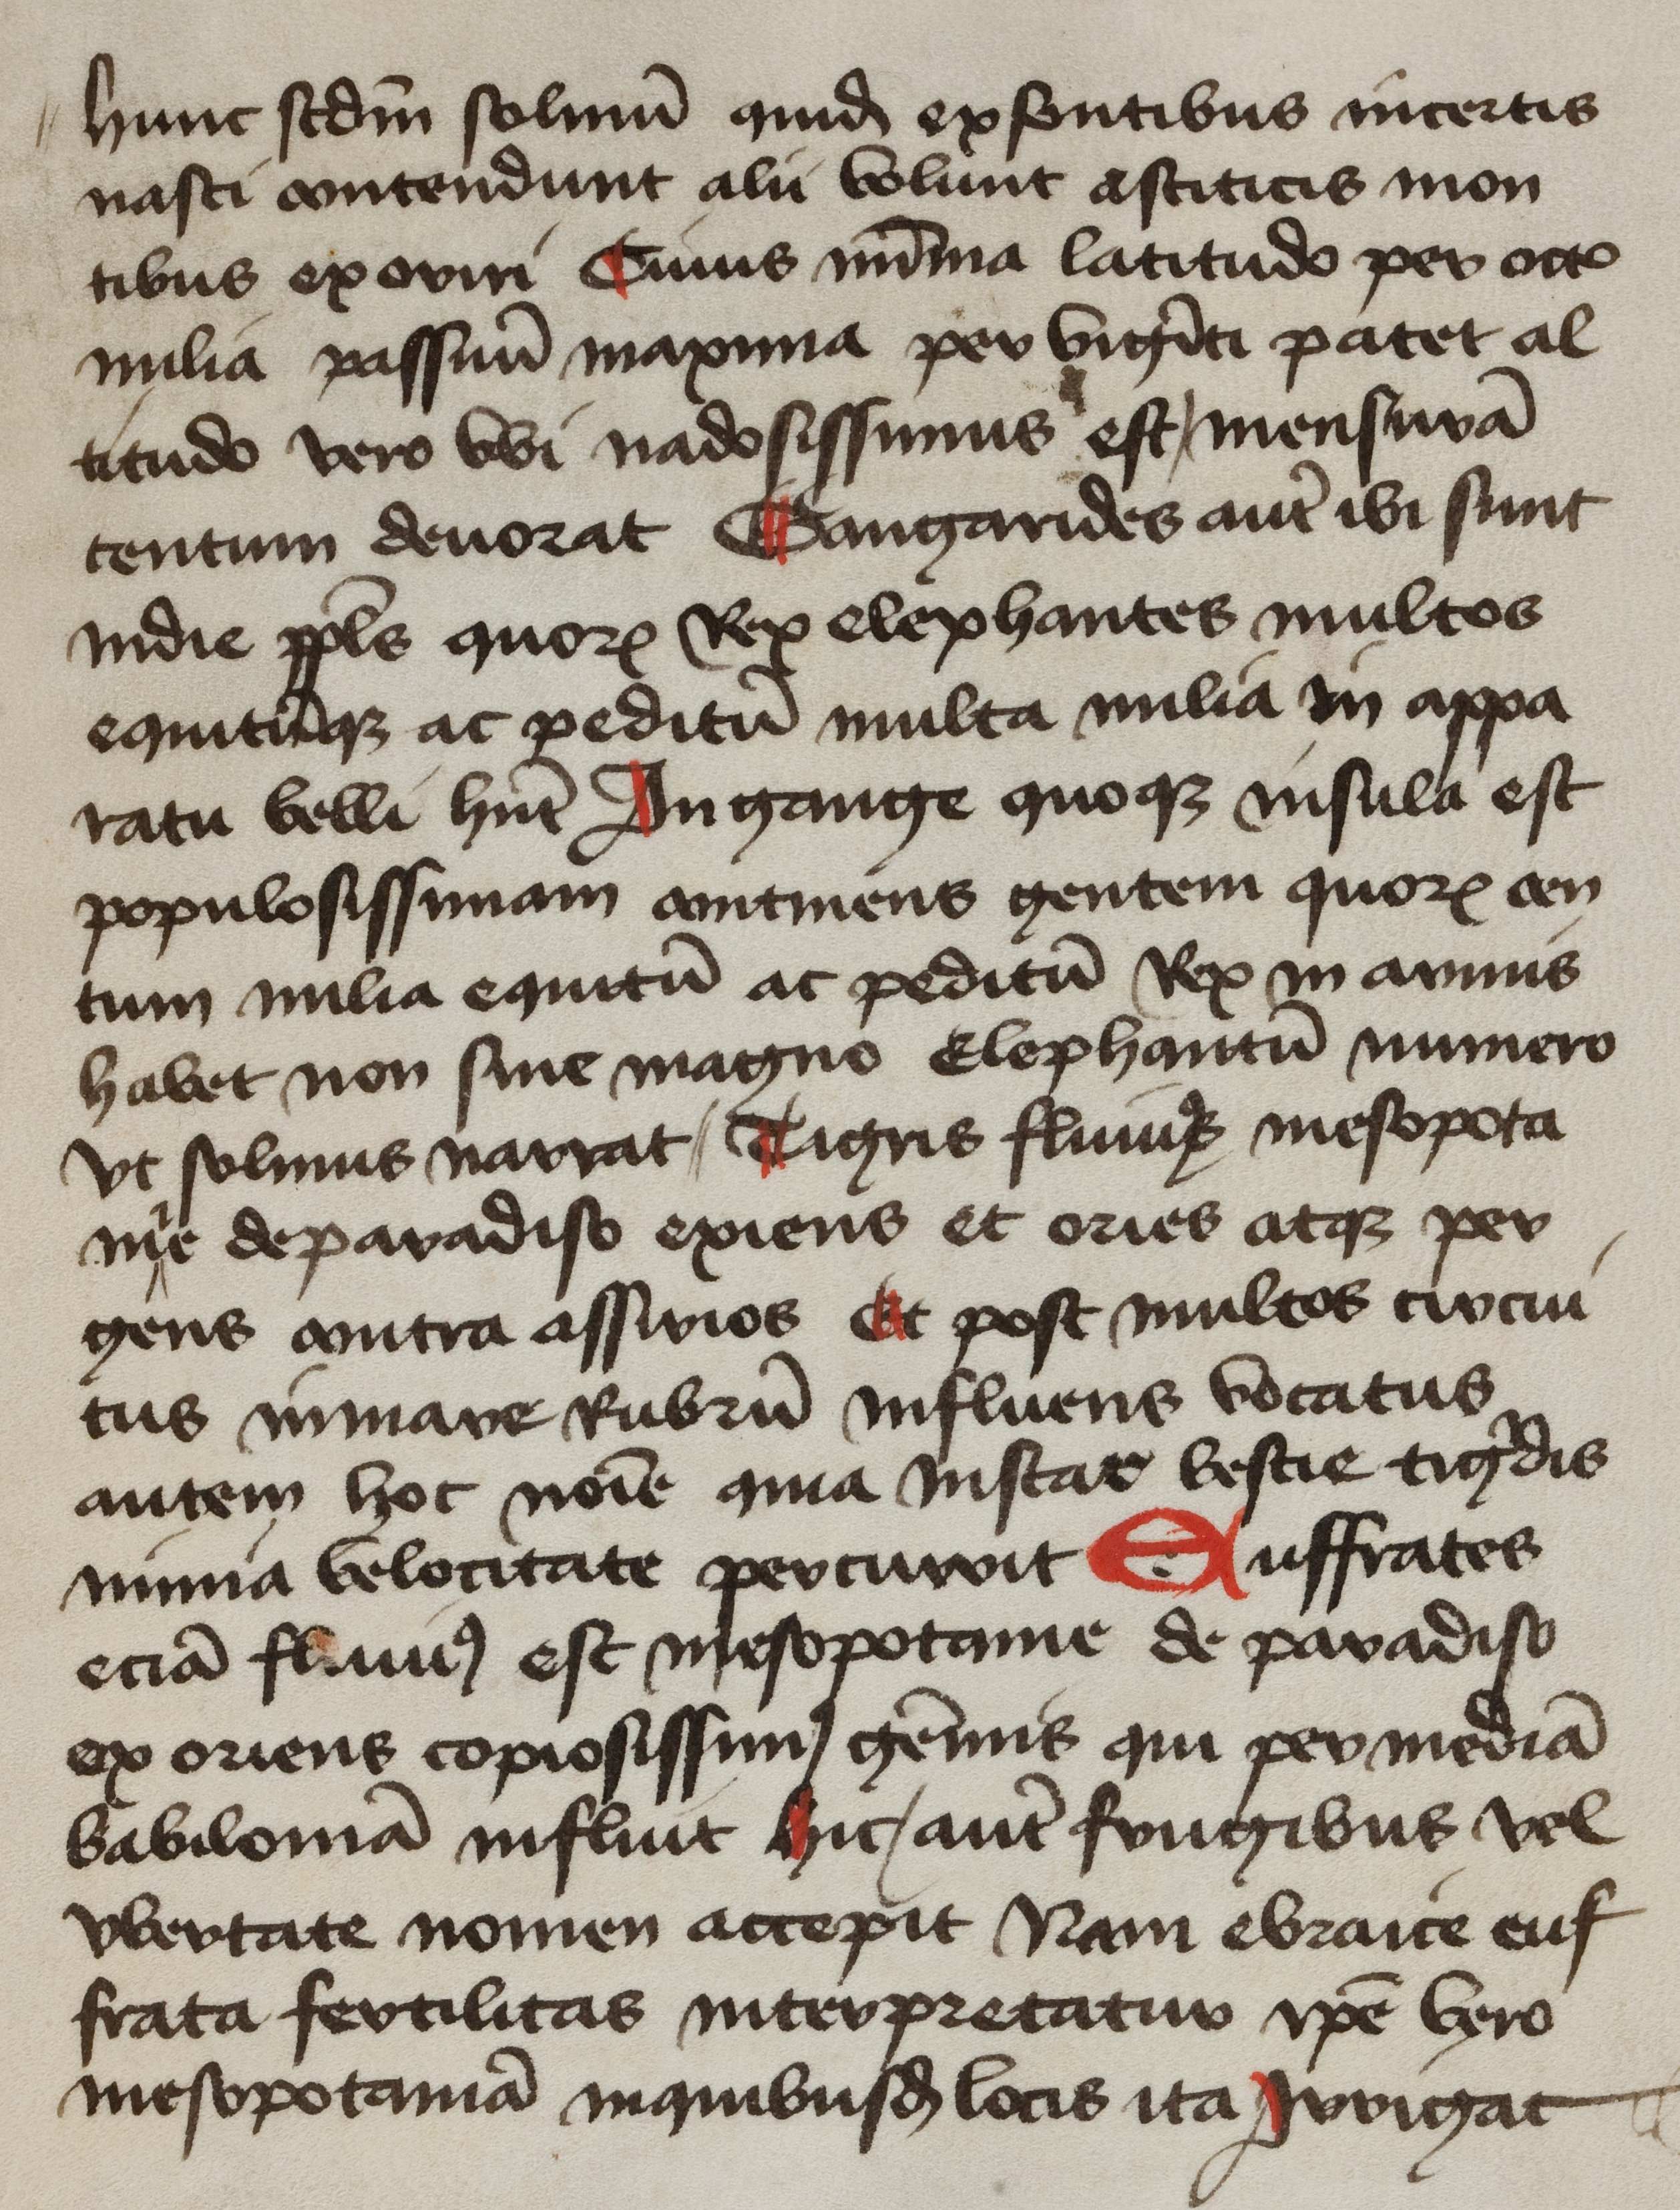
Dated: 1425–1449